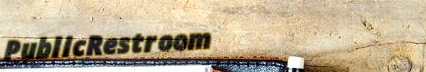
PublicRestroom